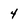
Character: 4